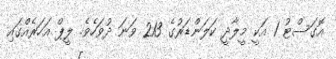
އޮގަސްޓު 1 އަކީ މީލާދީ ކަލަންޑަރުގެ 213 ވަނަ ދުވަހެވެ. ލީޕް އަހަރެއްގައި